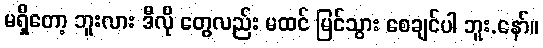
မရှိတော့ ဘူးလား ဒီလို တွေလည်း မထင် မြင်သွား စေချင်ပါ ဘူး.နော်။